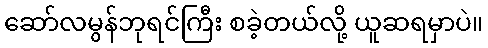
ဆော်လမွန်ဘုရင်ကြီး စခဲ့တယ်လို့ ယူဆရမှာပဲ။